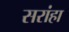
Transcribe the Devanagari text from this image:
सरांहा